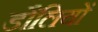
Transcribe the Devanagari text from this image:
डौलियों